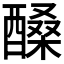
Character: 𨢆